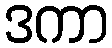
ဒကာ